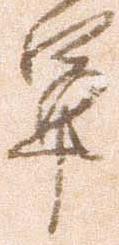
軍